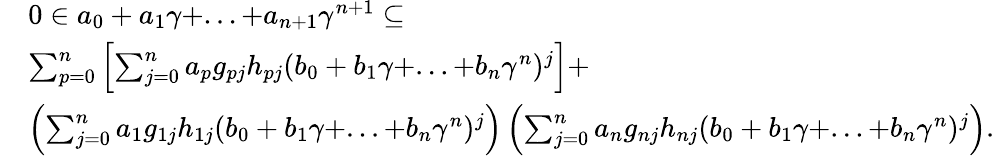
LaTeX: \begin{array}{rl}&{0\in a_{0}+a_{1}\gamma+...+a_{n+1}\gamma^{n+1}\subseteq}\\ &{\sum_{p=0}^{n}\left[\sum_{j=0}^{n}a_{p}g_{pj}h_{pj}(b_{0}+b_{1}\gamma+...+b_{n}\gamma^{n})^{j}\right]+}\\ &{\left(\sum_{j=0}^{n}a_{1}g_{1j}h_{1j}(b_{0}+b_{1}\gamma+...+b_{n}\gamma^{n})^{j}\right)\left(\sum_{j=0}^{n}a_{n}g_{nj}h_{nj}(b_{0}+b_{1}\gamma+...+b_{n}\gamma^{n})^{j}\right).}\end{array}